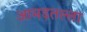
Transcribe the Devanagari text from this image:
आमड़तल्ला